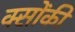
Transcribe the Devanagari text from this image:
क्सोंकी